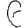
Digit: 6